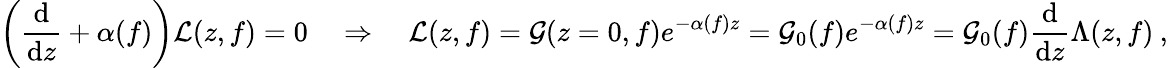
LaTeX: \left(\frac{\mathrm{d}}{\mathrm{d}z}+\alpha(f)\right)\mathcal{L}(z,f)=0\quad\Rightarrow\quad\mathcal{L}(z,f)=\mathcal{G}(z=0,f)e^{-\alpha(f)z}=\mathcal{G}_{0}(f)e^{-\alpha(f)z}=\mathcal{G}_{0}(f)\frac{\mathrm{d}}{\mathrm{d}z}\Lambda(z,f)\: ,